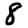
Digit: 8